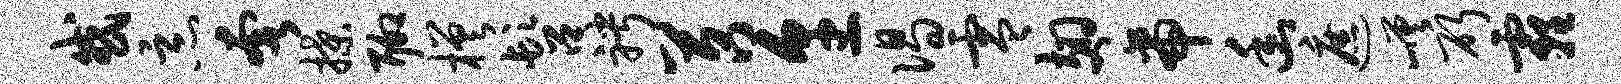
或恶奢揲聊槎髫聘苕烹偈零翅帝幽遮嵯斫霾